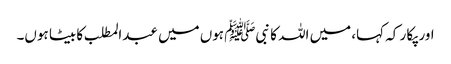
اور پکا ر کہ کہا، میں اللہ کا نبیﷺ ہوں میں عبدالمطلب کا بیٹا ہوں۔